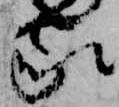
家